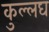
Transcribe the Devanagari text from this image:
कुल्लघ